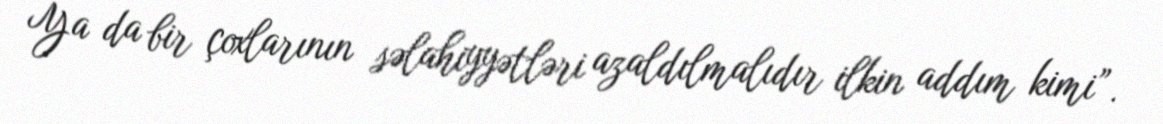
Ya da bir çoxlarının səlahiyyətləri azaldılmalıdır ilkin addım kimi”.